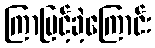
ကြာမြင့်ခဲ့ကြောင်း